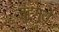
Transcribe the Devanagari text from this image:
जुटगये